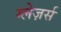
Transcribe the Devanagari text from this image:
ग्लेज़र्स